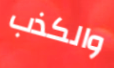
والكذب